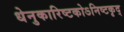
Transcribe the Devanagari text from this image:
धेनुकारिष्टकोऽनिष्टकृद्